Annual report on the working of the lock hospitals in the North-Western Provinces and Oudh
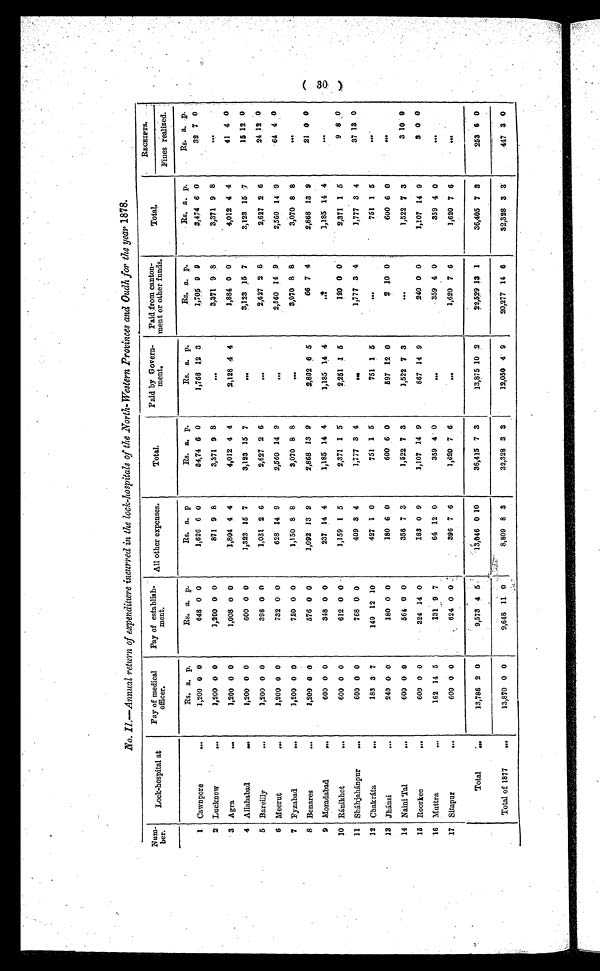
No. II.—Annual return of expenditwre incurred in the lock-hospitals of the North-Western Provinces and Oudh for the year 1878.
Num-
ber.
Lock-hospital at
Pay of medical
officer.
Pay of establish-
ment.
All other expenses.
Total.
Paid by Govern-
ment.
Paid from canton-
ment or other funds.
Total.
RECEIPTS.
Tines realized.
Rs. a. p.
Rs. a. p.
Rs. a. p
Rs. a. p.
Rs. a. p.
Rs. a. p.
.
Rs. a. p.
Rs. a. P
.
1 Cawnpore
...
1,200 0 0
648 0 0
1,626 6 0
34,74 6 0
1,768 12 3
1,705 9 9
3,474 6 0
32 7 0
2 Lucknow
...
1,200 0 0
1,200 0 0
871 9 8
3,371 9 8
...
3,371 9 8
3,371 9 8
...
3 Agra
...
1,200 0 0
1,008 0 0
1,804 4 4
4,012 4 4
2,128 4 4
1,884 0 0
4,012 4 4
41 4 0
4 Allahabad
...
1,200 0 0
600 0 0
1,323 15 7
3,123 15 7
. . . 3,123 15 7
3,123 15 7
15 12 0
5 Bareilly
...
1,200 0 0
396 0 0
1,031 2 6
2,627 2 6
. . . 2,627 2 6
2,627 2 6
2 4 12 0
6 Meerut
...
1,200 0 0
732 0 0
628 14 9
2,560 14 9
. . . 2,560 14 9
2,560 14 9
64 4 0
7 Fyzabad
...
1,200 0 0
720 0 0
1,150 8 8
3,070 8 8
. . . 3,070 8 8
3,070 8 8
. . .
8 Benares
...
1,200 0 0
576 0 0
1,092 13 9
2,868 13 9
2,802 6 5
66 7 4
2,868 13 9
21 0 0
9 Moradabad...
600 0 0
348 0 0
237 14 4
1,185 14 4
1,185 14 4
. . .
1,185 14 4
. . .
10 Ránikhet
. . .
600 0 0
612 0 0.
1,159 1 5
2,371 1 5
2,251 1 5
120 0 0
2,371 1 5
9 8 0
11 Sháhjahánpur
...
600 0 0
768 0 0
409 3 4
1,777 3 4
. . . 1,777 3 4
1,777 3 4
37 13 0
12 Chakráta
...
183 3 7
140 12 10
427 1 0
751 1 5
751 1 5
. . .
751 1 5
. . .
13 Jhánsi
...
240 0 0
180 0 0
180 6 0
600 6 0
597 12 0
2 10 0
600 6 0
...
14 Naini Tal
...
600 0 0
564 0 0
358 7 3
1,522 7 3
1,522 7 3
...
1,522 7 3
3 10 0
15 Roorkee
...
600 0 0
324 14 0
183 0 9
1,107 14 9
867 14 9
240 0 0
1,107 14 9
3 0 0
16 Muttra
...
162 14 5
131 9 7
64 12 0
359 4 0
. . . 359 4 0
359 4 0
. . .
17 Sitapur
...
600 0 0
624 0 0
396 7 6
1,620 7 6
...
1,620 7 6
1,620 7 6
. . .
Total
...
13,786 2 0
9,573 4 5
13,046 0 10
36,415 7 3
13,875 10 2
22,529 13 1
36,405 7 3
253 6 0
Total of 1877
...
13,870 0 0
9,648 11 0
8,809 8 3
32,328 3 3
12,050 4 9
20,277 14 6
32,328 3 3
447 3 0
(30)